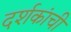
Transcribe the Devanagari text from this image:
दर्शकांची